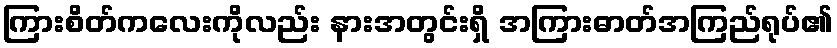
ကြားစိတ်ကလေးကိုလည်း နားအတွင်းရှိ အကြားဓာတ်အကြည်ရုပ်၏